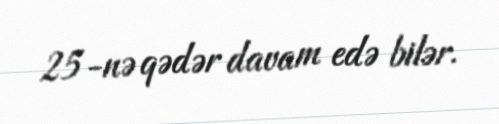
25-nə qədər davam edə bilər.